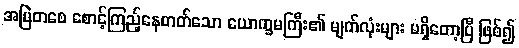
အမြဲတစေ စောင့်ကြည့်နေတတ်သော ယောက္ခမကြီး၏ မျက်လုံးများ မရှိတော့ပြီ ဖြစ်၍